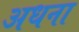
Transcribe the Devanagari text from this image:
अधना